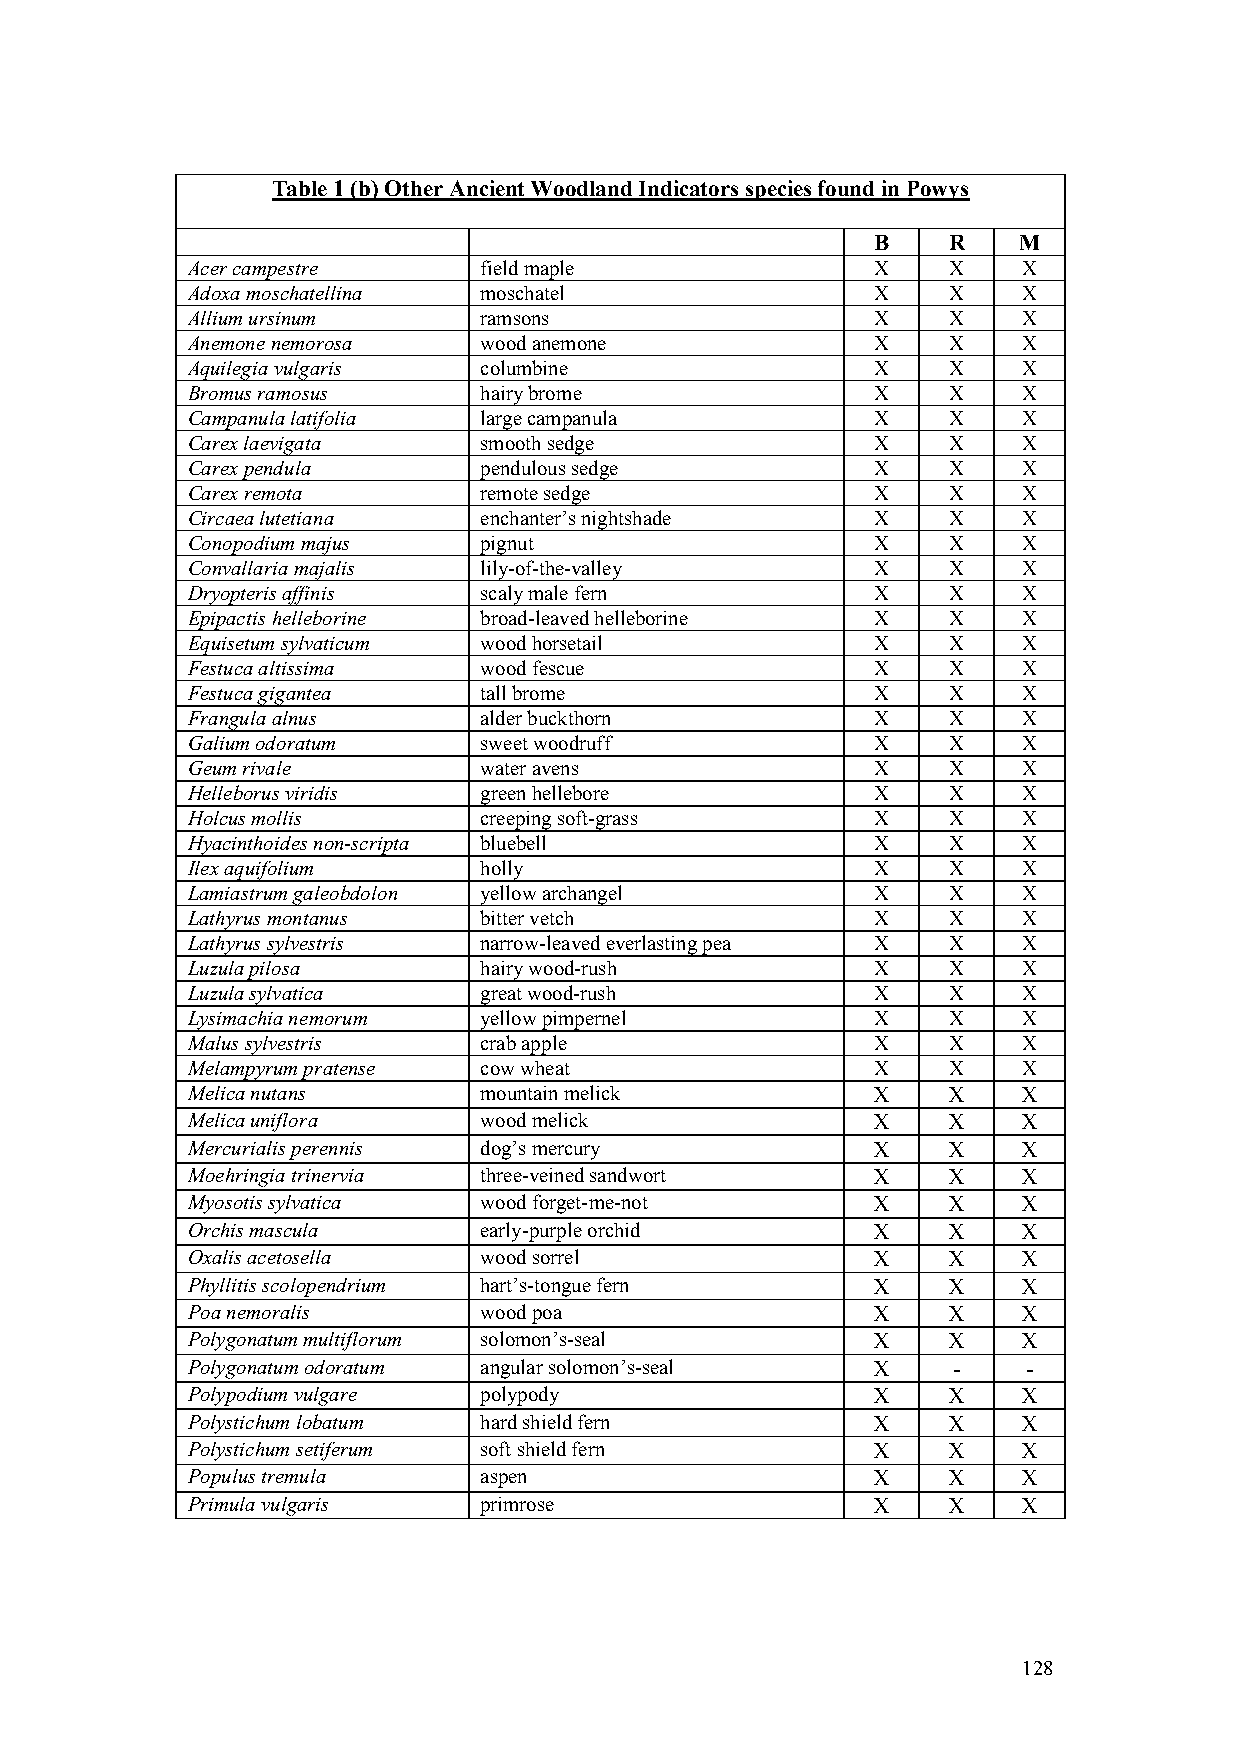
Table 1 (b)Other Ancient Woodland Indicators species found in Powys
 B    R   M
 Acer campestre      field maple               X    X    X
 Adoxa moschatellina moschatel                 X    X    X
 Allium ursinum      ramsons                   X    X    X
 Anemone nemorosa    wood anemone              X    X    X
 Aquilegia vulgaris  columbine                 X    X    X
 Bromus ramosus      hairy brome               X    X    X
 Campanula latifolia large campanula           X    X    X
 Carex laevigata     smooth sedge              X    X    X
 Carex pendula       pendulous sedge           X    X    X
 Carex remota        remote sedge              X    X    X
 Circaea lutetiana   enchanter’s nightshade    X    X    X
 Conopodium majus    pignut                    X    X    X
 Convallaria majalis lily-of-the-valley        X    X    X
 Dryopteris affinis  scaly male fern           X    X    X
 Epipactis helleborine broad-leaved helleborine X   X    X
 Equisetum sylvaticum wood horsetail           X    X    X
 Festuca altissima   wood fescue               X    X    X
 Festuca gigantea    tall brome                X    X    X
 Frangula alnus      alder buckthorn           X    X    X
 Galium odoratum     sweet woodruff            X    X    X
 Geum rivale         water avens               X    X    X
 Helleborus viridis  green hellebore           X    X    X
 Holcus mollis       creeping soft-grass       X    X    X
 Hyacinthoides non-scripta bluebell            X    X    X
 Ilex aquifolium     holly                     X    X    X
 Lamiastrum galeobdolon yellow archangel       X    X    X
 Lathyrus montanus   bitter vetch              X    X    X
 Lathyrus sylvestris narrow-leaved everlasting pea X X   X
 Luzula pilosa       hairy wood-rush           X    X    X
 Luzula sylvatica    great wood-rush           X    X    X
 Lysimachia nemorum  yellow pimpernel          X    X    X
 Malus sylvestris    crab apple                X    X    X
 Melampyrum pratense cow wheat                 X    X    X
 Melica nutans       mountain melick           X    X    X
 Melica uniflora     wood melick               X    X    X
 Mercurialis perennis dog’s mercury            X    X    X
 Moehringia trinervia three-veined sandwort    X    X    X
 Myosotis sylvatica  wood forget-me-not        X    X    X
 Orchis mascula      early-purple orchid       X    X    X
 Oxalis acetosella   wood sorrel               X    X    X
 Phyllitis scolopendrium hart’s-tongue fern    X    X    X
 Poa nemoralis       wood poa                  X    X    X
 Polygonatum multiflorum solomon’s-seal        X    X    X
 Polygonatum odoratum angular solomon’s-seal   X    -    -
 Polypodium vulgare  polypody                  X    X    X
 Polystichum lobatum hard shield fern          X    X    X
 Polystichum setiferum soft shield fern        X    X    X
 Populus tremula     aspen                     X    X    X
 Primula vulgaris    primrose                  X    X    X
 128